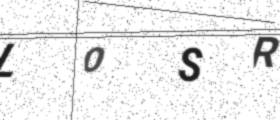
Text: LOSR